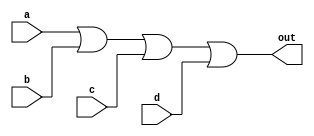
`timescale 1ns / 1ps
//////////////////////////////////////////////////////////////////////////////////
// Company: 
// Engineer: 
// 
// Design Name: 
// Module Name: OR_4_to_1
// Project Name: 
// Target Devices: 
// Tool Versions: 
// Description: 
// 
// Dependencies: 
// 
// Revision:
// Revision 0.01 - File Created
// Additional Comments:
// 
//////////////////////////////////////////////////////////////////////////////////


module OR_4_to_1(
    input a, b, c, d,
    output out
    );
    
    assign out = a|b|c|d;
     
endmodule